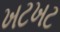
ખટખટ